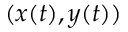
( x ( t ) , y ( t ) )